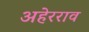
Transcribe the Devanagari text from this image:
अहेरराव